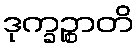
ဒုက္ခဉ္စာတိ